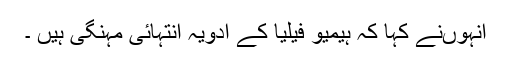
انہوںنے کہا کہ ہیمیو فیلیا کے ادویہ انتہائی مہنگی ہیں ۔